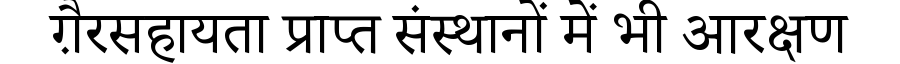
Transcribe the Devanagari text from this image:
ग़ैरसहायता प्राप्त संस्थानों में भी आरक्षण